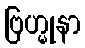
ဗြဟ္မုနာ